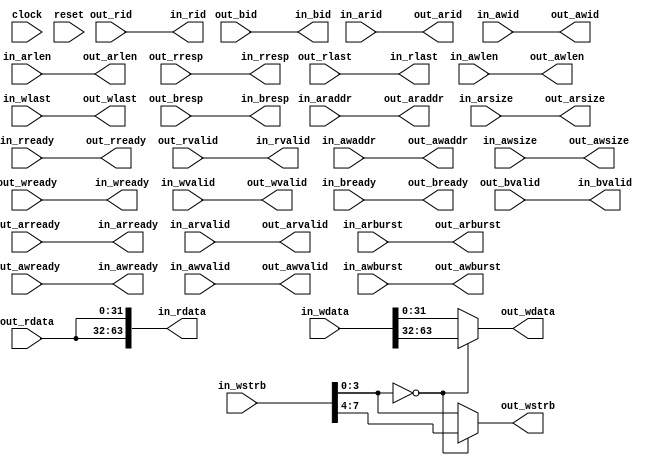
module AXI4DataWidthConverter64to32(
  input         clock,
  input         reset,

  output        in_arready,
  input         in_arvalid,
  input  [3:0]  in_arid,
  input  [31:0] in_araddr,
  input  [7:0]  in_arlen,
  input  [2:0]  in_arsize,
  input  [1:0]  in_arburst,
  input         in_rready,
  output        in_rvalid,
  output [3:0]  in_rid,
  output [63:0] in_rdata,
  output [1:0]  in_rresp,
  output        in_rlast,
  output        in_awready,
  input         in_awvalid,
  input  [3:0]  in_awid,
  input  [31:0] in_awaddr,
  input  [7:0]  in_awlen,
  input  [2:0]  in_awsize,
  input  [1:0]  in_awburst,
  output        in_wready,
  input         in_wvalid,
  input  [63:0] in_wdata,
  input  [7:0]  in_wstrb,
  input         in_wlast,
                in_bready,
  output        in_bvalid,
  output [3:0]  in_bid,
  output [1:0]  in_bresp,

  input         out_arready,
  output        out_arvalid,
  output [3:0]  out_arid,
  output [31:0] out_araddr,
  output [7:0]  out_arlen,
  output [2:0]  out_arsize,
  output [1:0]  out_arburst,
  output        out_rready,
  input         out_rvalid,
  input  [3:0]  out_rid,
  input  [31:0] out_rdata,
  input  [1:0]  out_rresp,
  input         out_rlast,
  input         out_awready,
  output        out_awvalid,
  output [3:0]  out_awid,
  output [31:0] out_awaddr,
  output [7:0]  out_awlen,
  output [2:0]  out_awsize,
  output [1:0]  out_awburst,
  input         out_wready,
  output        out_wvalid,
  output [31:0] out_wdata,
  output [3:0]  out_wstrb,
  output        out_wlast,
                out_bready,
  input         out_bvalid,
  input  [3:0]  out_bid,
  input  [1:0]  out_bresp
);
  assign in_arready  = out_arready;
  assign out_arvalid = in_arvalid;
  assign out_arid    = in_arid;
  assign out_arlen   = in_arlen;
  assign out_arsize  = in_arsize;
  assign out_arburst = in_arburst;
  assign out_rready  = in_rready;
  assign in_rvalid   = out_rvalid;
  assign in_rid      = out_rid;
  assign in_rresp    = out_rresp;
  assign in_rlast    = out_rlast;
  assign out_araddr  = in_araddr;
  assign in_rdata    = {out_rdata,out_rdata};

  assign in_awready  = out_awready;
  assign out_awvalid = in_awvalid;
  assign out_awid    = in_awid;

  assign out_awlen   = in_awlen;
  assign out_awsize  = in_awsize;
  assign out_awburst = in_awburst;
  assign in_wready   = out_wready;
  assign out_wvalid  = in_wvalid;
  assign out_wlast   = in_wlast;
  assign out_bready  = in_bready;
  assign in_bvalid   = out_bvalid;
  assign in_bid      = out_bid;
  assign in_bresp    = out_bresp;

  assign out_awaddr  = in_awaddr;//(in_wstrb[3:0]==4'b0)?{in_awaddr[31:3],3'b100}:{in_awaddr[31:3],3'b000};
  assign out_wdata   = (in_wstrb[3:0]==4'b0)?in_wdata[63:32]:in_wdata[31:0];
  assign out_wstrb   = (in_wstrb[3:0]==4'b0)?in_wstrb[7:4]:in_wstrb[3:0];

endmodule